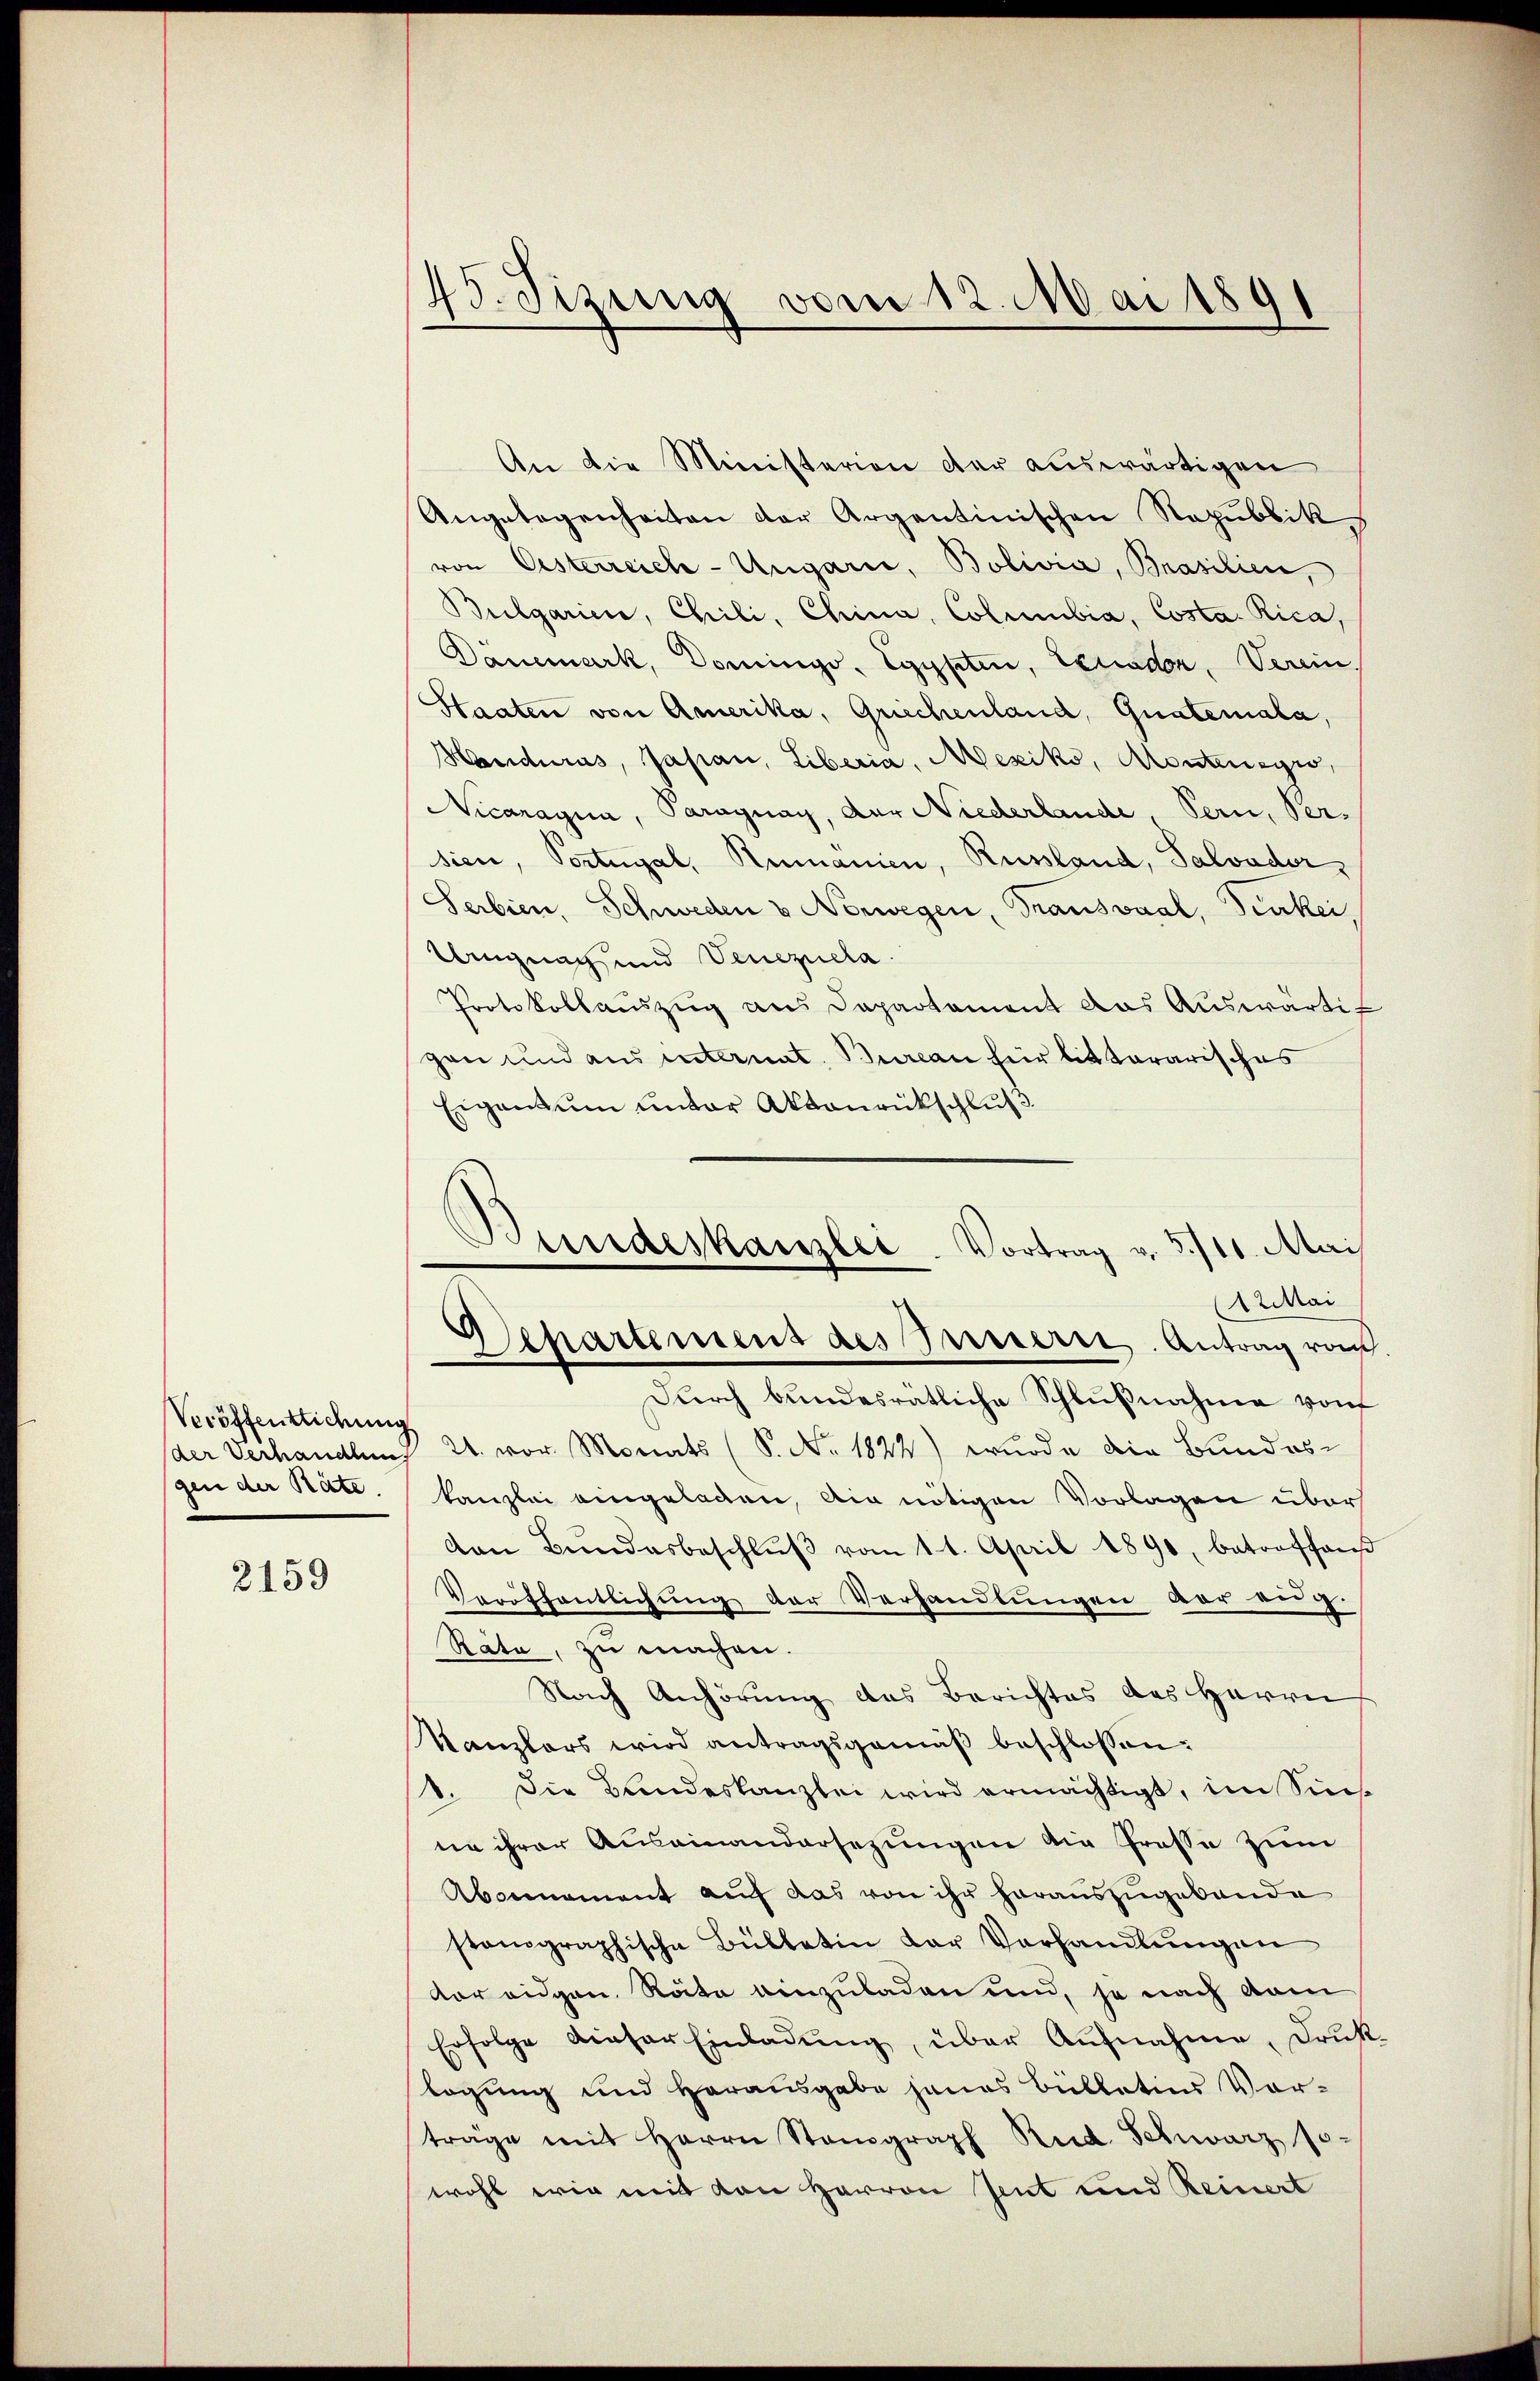
Veröffentlichung
der Verhandlung
gen der Räte.

2159

45. Sizung vom 12. Mai 1891
.

An die Ministerien der auswärtigen
Angelegenheiten der Argentinischen Republik
von Oesterreich-Ungarie, Bolivia, Brasilien,
Bulgarier, Chili, China, Columbia, Costa Rica,
Danemark, Domingo, Egypten, Schaden, Verein
Staaten von Amerika, Griechenland, Guateriala,
Hondurus, Japan, Liberia, Mexiko, Montenegio,
Nicaragia, Paraguay, der Niederlande, Bern, Versien, Portugal, Rumanien, Russland, Salvader,
Serbien, Schweden v Norwegen, Trausvaal, Peikei
Ungnach und Venezuela
Protokollauszug aus Departament das Auswärtig
gen und aus unternat. Bureau für litterarisches
Eigentum unter Aktourückschluß

Bundeskanzlei. Vortrag v. 3./11. Mai
12 Mai
Departement des Busserer. Antrag vo

Durch bundesratliche Schlußnahme von
24. vor Monats (S. Nr. 1824) wurde die Bundes-
kanzlei eingeladen, die nötigen Vorlagen über
dan Bŭndesbeschlŭβ vom 14. April 1890, betreffan
Veriffentlichung der Verhandlungen vor aug.
Rata, zu machen.
Nach Anhörung des Berichtes des Herrn
Kanzlers wird antragsgemäβ beschlossen:
1. Die Bandeskanzlei wird ermächtigt, im Sins-
ne ihrer Auseinandersezungen die Grosse zum
Abannament auf das von ihr herauszugebende
stonographische Bülletin der Verhandlungen
or eidgen. Räte einzuladen und, so nach dam
Erfolge dieser Einladŭng, über Aufnahme, Druklegung und Herausgabe jenes Bullations Vortrage mit Herrn Stenograph Rud. Schwarz so
wohl wir mit von Herren Zent und Reinert